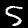
Digit: 5